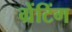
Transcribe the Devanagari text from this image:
ग्रेंटिंग